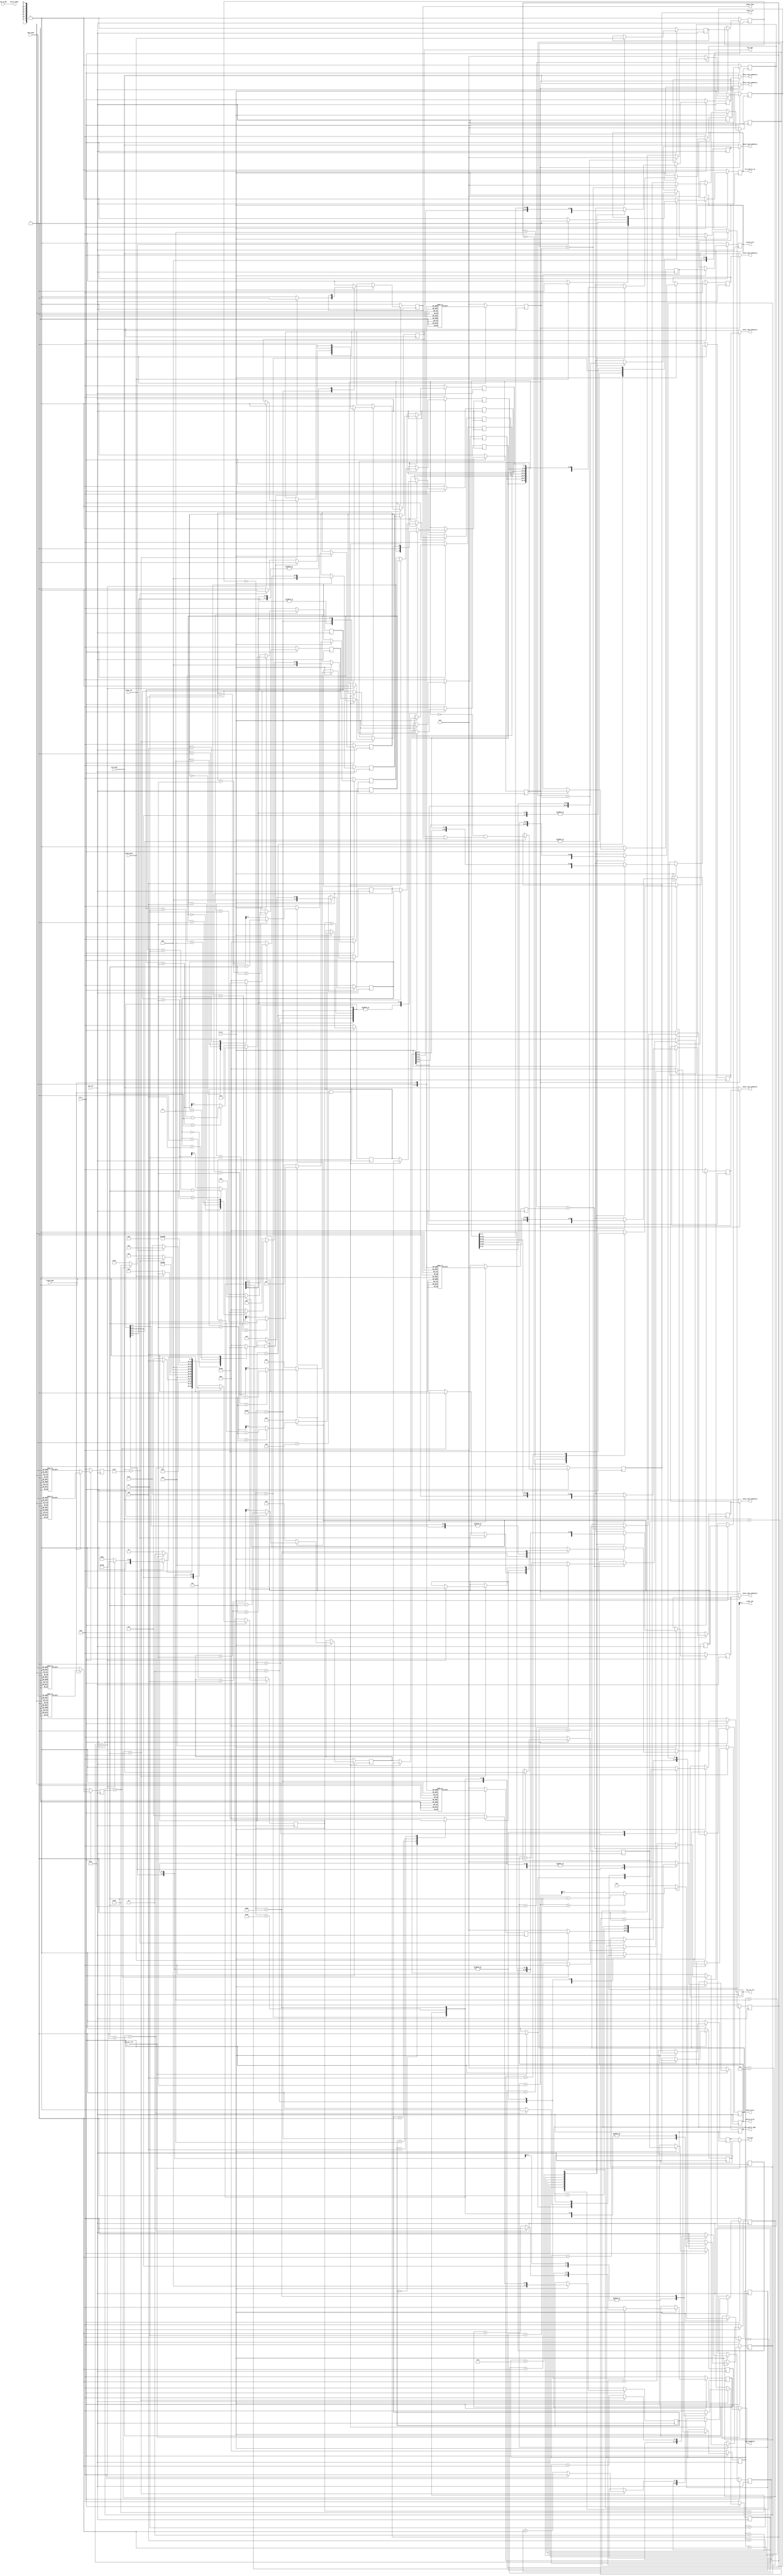

`timescale 1ps / 1ps
module ldpc_ctrl(
input	          							sys_clk,
input											fs_en,
input	          							rst_n,
//////////////////////////////////////////////////////////////
input	          							frame_mode,
input	          			[3:0] 		ldpc_mode,
//////////////////////////////////////////////////////////////
input	          							ram_clr_vld,// before byte_in Q_360 cycles but after ldpc_check output
input	          							frame_head,// before byte_in 3cycles
input	          							frame_vld,// before byte_in 3cycles
//////////////////////////////////////////////////////////////
input	          			[8:0] 		int_Q_360,
input	          			[7:0] 		yu_Q_360,
//////////////////////////////////////////////////////////////
output  reg 								shift_vld,
output  		     			[8:0]			shift_index,// cyclic shift derication is up

output  		     			[2:0] 		order_idx,
output  		 								switch_vld,
output  reg     			[5:0] 		switch_array,//0~44
output  reg     			[2:0] 		order_array,//0~7

output  reg     							reg_clr_vld,

output  						[7:0]  		check_ram0_rdaddress,
output  						[7:0]  		check_ram1_rdaddress,
output  						[7:0]  		check_ram2_rdaddress,
output  						[7:0]  		check_ram3_rdaddress,
output  						[7:0]  		check_ram4_rdaddress,
output  						[7:0]  		check_ram5_rdaddress,
output  						[7:0]  		check_ram6_rdaddress,
output  						[7:0]  		check_ram7_rdaddress,

output  reg									equal_flag,
output  reg									ram_rden,
output  		 				[7:0]  		ram_wraddress,
output  										ram_wren,

output  reg 						 		rd_h_matrix_en,
output  reg 				[12:0]  		rd_h_matrix_addr
//////////////////////////////////////////////////////////////
);

parameter Delay = 0;

reg							[7:0]			K_360_NUM;
reg							[7:0]			Q_360_NUM;
reg							[12:0]		h_matrix_offset_addr;

reg							[7:0]			not91_ram_rd_addr_tmp_0;
reg							[7:0]			not91_ram_rd_addr_tmp_1;
reg							[7:0]			not91_ram_rd_addr_tmp_2;
reg							[7:0]			not91_ram_rd_addr_tmp_3;
reg							[7:0]			not91_ram_rd_addr_tmp_4;
reg							[7:0]			not91_ram_rd_addr_tmp_5;
reg							[7:0]			not91_ram_rd_addr_tmp_6;
reg							[7:0]			not91_ram_rd_addr_tmp_7;

reg							[7:0]			is91_ram_rd_addr_tmp_0;
reg							[7:0]			is91_ram_rd_addr_tmp_1;
reg							[7:0]			is91_ram_rd_addr_tmp_2;
reg							[7:0]			is91_ram_rd_addr_tmp_3;
reg							[7:0]			is91_ram_rd_addr_tmp_4;


reg							[7:0]			ram_rd_addr_tmp_0;
reg							[7:0]			ram_rd_addr_tmp_1;
reg							[7:0]			ram_rd_addr_tmp_2;
reg							[7:0]			ram_rd_addr_tmp_3;
reg							[7:0]			ram_rd_addr_tmp_4;
reg							[7:0]			ram_rd_addr_tmp_5;
reg							[7:0]			ram_rd_addr_tmp_6;
reg							[7:0]			ram_rd_addr_tmp_7;


reg							[7:0]			ram_rd_addr_tmp_0_1pre;
reg							[7:0]			ram_rd_addr_tmp_1_1pre;
reg							[7:0]			ram_rd_addr_tmp_2_1pre;
reg							[7:0]			ram_rd_addr_tmp_3_1pre;
reg							[7:0]			ram_rd_addr_tmp_4_1pre;
reg							[7:0]			ram_rd_addr_tmp_5_1pre;
reg							[7:0]			ram_rd_addr_tmp_6_1pre;
reg							[7:0]			ram_rd_addr_tmp_7_1pre;

reg											ram_rd_addr_gen_en;
reg											ram_rd_out_flag;


always @(posedge sys_clk)begin
	if(~rst_n)begin
		ram_rd_addr_tmp_0_1pre <= #Delay 0;
		ram_rd_addr_tmp_1_1pre <= #Delay 0;
		ram_rd_addr_tmp_2_1pre <= #Delay 0;
		ram_rd_addr_tmp_3_1pre <= #Delay 0;
		ram_rd_addr_tmp_4_1pre <= #Delay 0;
		ram_rd_addr_tmp_5_1pre <= #Delay 0;
		ram_rd_addr_tmp_6_1pre <= #Delay 0;
		ram_rd_addr_tmp_7_1pre <= #Delay 0;
	end
	else if(fs_en == 1'b1)begin
		if((ldpc_mode == 4'b1001)&&(frame_mode == 1'b1))begin
		ram_rd_addr_tmp_0_1pre <= #Delay is91_ram_rd_addr_tmp_0;
		ram_rd_addr_tmp_1_1pre <= #Delay is91_ram_rd_addr_tmp_1;
		ram_rd_addr_tmp_2_1pre <= #Delay is91_ram_rd_addr_tmp_2;
		ram_rd_addr_tmp_3_1pre <= #Delay is91_ram_rd_addr_tmp_3;
		ram_rd_addr_tmp_4_1pre <= #Delay is91_ram_rd_addr_tmp_4;
		ram_rd_addr_tmp_5_1pre <= #Delay is91_ram_rd_addr_tmp_0;
		ram_rd_addr_tmp_6_1pre <= #Delay is91_ram_rd_addr_tmp_1;
		ram_rd_addr_tmp_7_1pre <= #Delay is91_ram_rd_addr_tmp_2;
		end
		else begin
		ram_rd_addr_tmp_0_1pre <= #Delay not91_ram_rd_addr_tmp_0;
		ram_rd_addr_tmp_1_1pre <= #Delay not91_ram_rd_addr_tmp_1;
		ram_rd_addr_tmp_2_1pre <= #Delay not91_ram_rd_addr_tmp_2;
		ram_rd_addr_tmp_3_1pre <= #Delay not91_ram_rd_addr_tmp_3;
		ram_rd_addr_tmp_4_1pre <= #Delay not91_ram_rd_addr_tmp_4;
		ram_rd_addr_tmp_5_1pre <= #Delay not91_ram_rd_addr_tmp_5;
		ram_rd_addr_tmp_6_1pre <= #Delay not91_ram_rd_addr_tmp_6;
		ram_rd_addr_tmp_7_1pre <= #Delay not91_ram_rd_addr_tmp_7;
		end
	end
	else begin
	end
end


reg 							[12:0]		order_period_cnt_for_rdaddr;
reg 							[2:0]			order_array_for_rdaddr;

always @(posedge sys_clk)begin
	if(~rst_n)begin
		ram_rd_addr_tmp_0 <= #Delay 0;
		ram_rd_addr_tmp_1 <= #Delay 0;
		ram_rd_addr_tmp_2 <= #Delay 0;
		ram_rd_addr_tmp_3 <= #Delay 0;
		ram_rd_addr_tmp_4 <= #Delay 0;
		ram_rd_addr_tmp_5 <= #Delay 0;
		ram_rd_addr_tmp_6 <= #Delay 0;
		ram_rd_addr_tmp_7 <= #Delay 0;
	end
	//else if(frame_mode == 1'b0)begin
	//	ram_rd_addr_tmp_0 <= #Delay ram_rd_addr_tmp_0_1pre;
	//	ram_rd_addr_tmp_1 <= #Delay ram_rd_addr_tmp_1_1pre;
	//	ram_rd_addr_tmp_2 <= #Delay ram_rd_addr_tmp_2_1pre;
	//	ram_rd_addr_tmp_3 <= #Delay ram_rd_addr_tmp_3_1pre;
	//	ram_rd_addr_tmp_4 <= #Delay ram_rd_addr_tmp_4_1pre;
	//	ram_rd_addr_tmp_5 <= #Delay ram_rd_addr_tmp_5_1pre;
	//	ram_rd_addr_tmp_6 <= #Delay ram_rd_addr_tmp_6_1pre;
	//	ram_rd_addr_tmp_7 <= #Delay ram_rd_addr_tmp_7_1pre;
	//end
	else if(fs_en == 1'b1)begin   
		case(order_array_for_rdaddr)  
		3'b000:begin
			ram_rd_addr_tmp_0 <= #Delay ram_rd_addr_tmp_0_1pre;
			ram_rd_addr_tmp_1 <= #Delay ram_rd_addr_tmp_1_1pre;
			ram_rd_addr_tmp_2 <= #Delay ram_rd_addr_tmp_2_1pre;
			ram_rd_addr_tmp_3 <= #Delay ram_rd_addr_tmp_3_1pre;
			ram_rd_addr_tmp_4 <= #Delay ram_rd_addr_tmp_4_1pre;
			ram_rd_addr_tmp_5 <= #Delay ram_rd_addr_tmp_5_1pre;
			ram_rd_addr_tmp_6 <= #Delay ram_rd_addr_tmp_6_1pre;
			ram_rd_addr_tmp_7 <= #Delay ram_rd_addr_tmp_7_1pre;
		end
		3'b001:begin
			ram_rd_addr_tmp_0 <= #Delay ram_rd_addr_tmp_7_1pre;
			ram_rd_addr_tmp_1 <= #Delay ram_rd_addr_tmp_0_1pre;
			ram_rd_addr_tmp_2 <= #Delay ram_rd_addr_tmp_1_1pre;
			ram_rd_addr_tmp_3 <= #Delay ram_rd_addr_tmp_2_1pre;
			ram_rd_addr_tmp_4 <= #Delay ram_rd_addr_tmp_3_1pre;
			ram_rd_addr_tmp_5 <= #Delay ram_rd_addr_tmp_4_1pre;
			ram_rd_addr_tmp_6 <= #Delay ram_rd_addr_tmp_5_1pre;
			ram_rd_addr_tmp_7 <= #Delay ram_rd_addr_tmp_6_1pre;
		end
		3'b010:begin
			ram_rd_addr_tmp_0 <= #Delay ram_rd_addr_tmp_6_1pre;
			ram_rd_addr_tmp_1 <= #Delay ram_rd_addr_tmp_7_1pre;
			ram_rd_addr_tmp_2 <= #Delay ram_rd_addr_tmp_0_1pre;
			ram_rd_addr_tmp_3 <= #Delay ram_rd_addr_tmp_1_1pre;
			ram_rd_addr_tmp_4 <= #Delay ram_rd_addr_tmp_2_1pre;
			ram_rd_addr_tmp_5 <= #Delay ram_rd_addr_tmp_3_1pre;
			ram_rd_addr_tmp_6 <= #Delay ram_rd_addr_tmp_4_1pre;
			ram_rd_addr_tmp_7 <= #Delay ram_rd_addr_tmp_5_1pre;
		end
		3'b011:begin
			ram_rd_addr_tmp_0 <= #Delay ram_rd_addr_tmp_5_1pre;
			ram_rd_addr_tmp_1 <= #Delay ram_rd_addr_tmp_6_1pre;
			ram_rd_addr_tmp_2 <= #Delay ram_rd_addr_tmp_7_1pre;
			ram_rd_addr_tmp_3 <= #Delay ram_rd_addr_tmp_0_1pre;
			ram_rd_addr_tmp_4 <= #Delay ram_rd_addr_tmp_1_1pre;
			ram_rd_addr_tmp_5 <= #Delay ram_rd_addr_tmp_2_1pre;
			ram_rd_addr_tmp_6 <= #Delay ram_rd_addr_tmp_3_1pre;
			ram_rd_addr_tmp_7 <= #Delay ram_rd_addr_tmp_4_1pre;
		end
		3'b100:begin
			ram_rd_addr_tmp_0 <= #Delay ram_rd_addr_tmp_4_1pre;
			ram_rd_addr_tmp_1 <= #Delay ram_rd_addr_tmp_5_1pre;
			ram_rd_addr_tmp_2 <= #Delay ram_rd_addr_tmp_6_1pre;
			ram_rd_addr_tmp_3 <= #Delay ram_rd_addr_tmp_7_1pre;
			ram_rd_addr_tmp_4 <= #Delay ram_rd_addr_tmp_0_1pre;
			ram_rd_addr_tmp_5 <= #Delay ram_rd_addr_tmp_1_1pre;
			ram_rd_addr_tmp_6 <= #Delay ram_rd_addr_tmp_2_1pre;
			ram_rd_addr_tmp_7 <= #Delay ram_rd_addr_tmp_3_1pre;
		end
		3'b101:begin
			ram_rd_addr_tmp_0 <= #Delay ram_rd_addr_tmp_3_1pre;
			ram_rd_addr_tmp_1 <= #Delay ram_rd_addr_tmp_4_1pre;
			ram_rd_addr_tmp_2 <= #Delay ram_rd_addr_tmp_5_1pre;
			ram_rd_addr_tmp_3 <= #Delay ram_rd_addr_tmp_6_1pre;
			ram_rd_addr_tmp_4 <= #Delay ram_rd_addr_tmp_7_1pre;
			ram_rd_addr_tmp_5 <= #Delay ram_rd_addr_tmp_0_1pre;
			ram_rd_addr_tmp_6 <= #Delay ram_rd_addr_tmp_1_1pre;
			ram_rd_addr_tmp_7 <= #Delay ram_rd_addr_tmp_2_1pre;
		end
		3'b110:begin
			ram_rd_addr_tmp_0 <= #Delay ram_rd_addr_tmp_2_1pre;
			ram_rd_addr_tmp_1 <= #Delay ram_rd_addr_tmp_3_1pre;
			ram_rd_addr_tmp_2 <= #Delay ram_rd_addr_tmp_4_1pre;
			ram_rd_addr_tmp_3 <= #Delay ram_rd_addr_tmp_5_1pre;
			ram_rd_addr_tmp_4 <= #Delay ram_rd_addr_tmp_6_1pre;
			ram_rd_addr_tmp_5 <= #Delay ram_rd_addr_tmp_7_1pre;
			ram_rd_addr_tmp_6 <= #Delay ram_rd_addr_tmp_0_1pre;
			ram_rd_addr_tmp_7 <= #Delay ram_rd_addr_tmp_1_1pre;
		end
		3'b111:begin
			ram_rd_addr_tmp_0 <= #Delay ram_rd_addr_tmp_1_1pre;
			ram_rd_addr_tmp_1 <= #Delay ram_rd_addr_tmp_2_1pre;
			ram_rd_addr_tmp_2 <= #Delay ram_rd_addr_tmp_3_1pre;
			ram_rd_addr_tmp_3 <= #Delay ram_rd_addr_tmp_4_1pre;
			ram_rd_addr_tmp_4 <= #Delay ram_rd_addr_tmp_5_1pre;
			ram_rd_addr_tmp_5 <= #Delay ram_rd_addr_tmp_6_1pre;
			ram_rd_addr_tmp_6 <= #Delay ram_rd_addr_tmp_7_1pre;
			ram_rd_addr_tmp_7 <= #Delay ram_rd_addr_tmp_0_1pre;
		end
		endcase
		end
	else begin
	end
end 
    
    
always @(posedge sys_clk)begin
	if(~rst_n)begin
		not91_ram_rd_addr_tmp_0 <= #Delay 0;
		not91_ram_rd_addr_tmp_1 <= #Delay 0;
		not91_ram_rd_addr_tmp_2 <= #Delay 0;
		not91_ram_rd_addr_tmp_3 <= #Delay 0;
		not91_ram_rd_addr_tmp_4 <= #Delay 0;
		not91_ram_rd_addr_tmp_5 <= #Delay 0;
		not91_ram_rd_addr_tmp_6 <= #Delay 0;
		not91_ram_rd_addr_tmp_7 <= #Delay 0;
	end
	else if(fs_en == 1'b1)begin
		if(ram_rd_addr_gen_en)begin
			if((not91_ram_rd_addr_tmp_0 + 8)>Q_360_NUM)begin
				not91_ram_rd_addr_tmp_0 <= #Delay (not91_ram_rd_addr_tmp_0 + 7) - Q_360_NUM;
			end
			else begin
				not91_ram_rd_addr_tmp_0 <= #Delay not91_ram_rd_addr_tmp_0 + 8;
			end
			
			if((not91_ram_rd_addr_tmp_1 + 8)>Q_360_NUM)begin
				not91_ram_rd_addr_tmp_1 <= #Delay (not91_ram_rd_addr_tmp_1 + 7) - Q_360_NUM;
			end
			else begin
				not91_ram_rd_addr_tmp_1 <= #Delay not91_ram_rd_addr_tmp_1 + 8;
			end
			if((not91_ram_rd_addr_tmp_2 + 8)>Q_360_NUM)begin
				not91_ram_rd_addr_tmp_2 <= #Delay (not91_ram_rd_addr_tmp_2 + 7) - Q_360_NUM;
			end
			else begin
				not91_ram_rd_addr_tmp_2 <= #Delay not91_ram_rd_addr_tmp_2 + 8;
			end
			
			if((not91_ram_rd_addr_tmp_3 + 8)>Q_360_NUM)begin
				not91_ram_rd_addr_tmp_3 <= #Delay (not91_ram_rd_addr_tmp_3 + 7) - Q_360_NUM;
			end
			else begin
				not91_ram_rd_addr_tmp_3 <= #Delay not91_ram_rd_addr_tmp_3 + 8;
			end
			
			if((not91_ram_rd_addr_tmp_4 + 8)>Q_360_NUM)begin
				not91_ram_rd_addr_tmp_4 <= #Delay (not91_ram_rd_addr_tmp_4 + 7) - Q_360_NUM;
			end
			else begin
				not91_ram_rd_addr_tmp_4 <= #Delay not91_ram_rd_addr_tmp_4 + 8;
			end
			
			if((not91_ram_rd_addr_tmp_5 + 8)>Q_360_NUM)begin
				not91_ram_rd_addr_tmp_5 <= #Delay (not91_ram_rd_addr_tmp_5 + 7) - Q_360_NUM;
			end
			else begin
				not91_ram_rd_addr_tmp_5 <= #Delay not91_ram_rd_addr_tmp_5 + 8;
			end
			if((not91_ram_rd_addr_tmp_6 + 8)>Q_360_NUM)begin
				not91_ram_rd_addr_tmp_6 <= #Delay (not91_ram_rd_addr_tmp_6 + 7) - Q_360_NUM;
			end
			else begin
				not91_ram_rd_addr_tmp_6 <= #Delay not91_ram_rd_addr_tmp_6 + 8;
			end
			
			if((not91_ram_rd_addr_tmp_7 + 8)>Q_360_NUM)begin
				not91_ram_rd_addr_tmp_7 <= #Delay (not91_ram_rd_addr_tmp_7 + 7) - Q_360_NUM;
			end
			else begin
				not91_ram_rd_addr_tmp_7 <= #Delay not91_ram_rd_addr_tmp_7 + 8;
			end
		end
		else begin
			not91_ram_rd_addr_tmp_0 <= #Delay 0;
			not91_ram_rd_addr_tmp_1 <= #Delay 1;
			not91_ram_rd_addr_tmp_2 <= #Delay 2;
			not91_ram_rd_addr_tmp_3 <= #Delay 3;
			not91_ram_rd_addr_tmp_4 <= #Delay 4;
			not91_ram_rd_addr_tmp_5 <= #Delay 5;
			not91_ram_rd_addr_tmp_6 <= #Delay 6;
			not91_ram_rd_addr_tmp_7 <= #Delay 7;
		end
	end
	else begin
	end
end

always @(posedge sys_clk)begin
	if(~rst_n)begin
		is91_ram_rd_addr_tmp_0 <= #Delay 0;
	end
	else if(fs_en == 1'b1)begin
		if(ram_rd_addr_gen_en)begin
			case(is91_ram_rd_addr_tmp_0)
			3'b000:is91_ram_rd_addr_tmp_0 <= #Delay 3;  
			3'b001:is91_ram_rd_addr_tmp_0 <= #Delay 4;
			3'b010:is91_ram_rd_addr_tmp_0 <= #Delay 0;
			3'b011:is91_ram_rd_addr_tmp_0 <= #Delay 1;
			3'b100:is91_ram_rd_addr_tmp_0 <= #Delay 2;
			default:is91_ram_rd_addr_tmp_0 <= #Delay 0;
			endcase
		end
		else begin
			is91_ram_rd_addr_tmp_0 <= #Delay 0;
		end
	end
	else begin
	end
end

always @(posedge sys_clk)begin
	if(~rst_n)begin
		is91_ram_rd_addr_tmp_1 <= #Delay 0;
	end
	else if(fs_en == 1'b1)begin
		if(ram_rd_addr_gen_en)begin
			case(is91_ram_rd_addr_tmp_1)
			3'b000:is91_ram_rd_addr_tmp_1 <= #Delay 3;  
			3'b001:is91_ram_rd_addr_tmp_1 <= #Delay 4;
			3'b010:is91_ram_rd_addr_tmp_1 <= #Delay 0;
			3'b011:is91_ram_rd_addr_tmp_1 <= #Delay 1;
			3'b100:is91_ram_rd_addr_tmp_1 <= #Delay 2;
			default:is91_ram_rd_addr_tmp_1 <= #Delay 0;
			endcase
		end
		else begin
			is91_ram_rd_addr_tmp_1 <= #Delay 1;
		end
	end
	else begin
	end
end

always @(posedge sys_clk)begin
	if(~rst_n)begin
		is91_ram_rd_addr_tmp_2 <= #Delay 0;
	end
	else if(fs_en == 1'b1)begin
		if(ram_rd_addr_gen_en)begin
			case(is91_ram_rd_addr_tmp_2)
			3'b000:is91_ram_rd_addr_tmp_2 <= #Delay 3;  
			3'b001:is91_ram_rd_addr_tmp_2 <= #Delay 4;
			3'b010:is91_ram_rd_addr_tmp_2 <= #Delay 0;
			3'b011:is91_ram_rd_addr_tmp_2 <= #Delay 1;
			3'b100:is91_ram_rd_addr_tmp_2 <= #Delay 2;
			default:is91_ram_rd_addr_tmp_2 <= #Delay 0;
			endcase
		end
		else begin
			is91_ram_rd_addr_tmp_2 <= #Delay 2;
		end
	end
	else begin
	end
end

always @(posedge sys_clk)begin
	if(~rst_n)begin
		is91_ram_rd_addr_tmp_3 <= #Delay 0;
	end
	else if(fs_en == 1'b1)begin
		if(ram_rd_addr_gen_en)begin
			case(is91_ram_rd_addr_tmp_3)
			3'b000:is91_ram_rd_addr_tmp_3 <= #Delay 3;  
			3'b001:is91_ram_rd_addr_tmp_3 <= #Delay 4;
			3'b010:is91_ram_rd_addr_tmp_3 <= #Delay 0;
			3'b011:is91_ram_rd_addr_tmp_3 <= #Delay 1;
			3'b100:is91_ram_rd_addr_tmp_3 <= #Delay 2;
			default:is91_ram_rd_addr_tmp_3 <= #Delay 0;
			endcase
		end
		else begin
			is91_ram_rd_addr_tmp_3 <= #Delay 3;
		end
	end
	else begin
	end
end

always @(posedge sys_clk)begin
	if(~rst_n)begin
		is91_ram_rd_addr_tmp_4 <= #Delay 0;
	end
	else if(fs_en == 1'b1)begin
		if(ram_rd_addr_gen_en)begin
			case(is91_ram_rd_addr_tmp_4)
			3'b000:is91_ram_rd_addr_tmp_4 <= #Delay 3;  
			3'b001:is91_ram_rd_addr_tmp_4 <= #Delay 4;
			3'b010:is91_ram_rd_addr_tmp_4 <= #Delay 0;
			3'b011:is91_ram_rd_addr_tmp_4 <= #Delay 1;
			3'b100:is91_ram_rd_addr_tmp_4 <= #Delay 2;
			default:is91_ram_rd_addr_tmp_4 <= #Delay 0;
			endcase
		end
		else begin
			is91_ram_rd_addr_tmp_4 <= #Delay 4;
		end
	end
	else begin
	end
end


reg							ram_rd_addr_gen_en_1dly;
//reg							ram_rd_addr_gen_en_2dly;

always @(posedge sys_clk)begin
	if(~rst_n)begin
		ram_rd_addr_gen_en_1dly <= #Delay 0;
		//ram_rd_addr_gen_en_2dly <= #Delay 0;
	end
	else if(fs_en == 1'b1)begin
		ram_rd_addr_gen_en_1dly <= #Delay ram_rd_addr_gen_en;
		//ram_rd_addr_gen_en_2dly <= #Delay ram_rd_addr_gen_en_1dly;
	end
	else begin
	end
end


assign check_ram0_rdaddress =  (ram_rd_out_flag == 1'b0)?yu_Q_360:ram_rd_addr_tmp_0;
assign check_ram1_rdaddress =  (ram_rd_out_flag == 1'b0)?yu_Q_360:ram_rd_addr_tmp_1;
assign check_ram2_rdaddress =  (ram_rd_out_flag == 1'b0)?yu_Q_360:ram_rd_addr_tmp_2;
assign check_ram3_rdaddress =  (ram_rd_out_flag == 1'b0)?yu_Q_360:ram_rd_addr_tmp_3;
assign check_ram4_rdaddress =  (ram_rd_out_flag == 1'b0)?yu_Q_360:ram_rd_addr_tmp_4;
assign check_ram5_rdaddress =  (ram_rd_out_flag == 1'b0)?yu_Q_360:ram_rd_addr_tmp_5;
assign check_ram6_rdaddress =  (ram_rd_out_flag == 1'b0)?yu_Q_360:ram_rd_addr_tmp_6;
assign check_ram7_rdaddress =  (ram_rd_out_flag == 1'b0)?yu_Q_360:ram_rd_addr_tmp_7;

parameter					IDLE_STATE    				= 10'b0000000001;
parameter					RAM_CLR_STATE 				= 10'b0000000010;
parameter					LDPC_START_STATE 			= 10'b0000000100;
parameter					LDPC_CODING_ODD_STATE	= 10'b0000001000;
parameter					LDPC_STOP_STATE 			= 10'b0000010000;
parameter					LDPC_FINISH_STATE 		= 10'b0000100000;
parameter					OUT_START_STATE 			= 10'b0001000000;
parameter					OUT_PUTING_STATE 			= 10'b0010000000;
parameter					OUT_FINISH_STATE 			= 10'b0100000000;
parameter					LDPC_CODING_EVEN_STATE	= 10'b1000000000;

reg							[9:0]			ldpc_ctrl_state;


reg 							[7:0]  		check_ram_wraddress;
reg											check_ram_wren;

reg											shift_vld_1dly;

reg 							[7:0]  		yu_Q_360_1dly;
reg 							[7:0]  		yu_Q_360_2dly;
reg 							[7:0]  		K_360_CNT_REG;
reg 							[7:0]  		Q_360_CNT_REG;
reg 							[7:0]  		ram_rd_addr_tmp;


assign ram_wren =  (ram_clr_vld == 1'b1)?check_ram_wren:shift_vld_1dly;
assign ram_wraddress =  (ram_clr_vld == 1'b1)?check_ram_wraddress:yu_Q_360_2dly;
assign shift_index =  int_Q_360;//(shift_vld == 1'b1)?int_Q_360:9'h000;
assign order_idx =  yu_Q_360_1dly[2:0];// modified by wj 2014.06.01 

reg											frame_head_1dly;
reg											frame_head_2dly;
//reg											frame_head_3dly;

reg											ram_rd_out_flag_1dly;
reg											ram_rd_out_flag_2dly;


assign switch_vld =  ram_rd_out_flag_2dly;

reg 							[12:0]		order_period;
reg 							[7:0]		   switch_period;

reg 							[12:0]		order_period_cnt;
reg 							[7:0]		   switch_period_cnt;

always @(posedge sys_clk)begin
	if(~rst_n)begin
		order_period_cnt <= #Delay 13'd0 ;
		order_array <= #Delay 3'b000;
	end
	else if(fs_en == 1'b1)begin
		if(ram_rd_out_flag_2dly)begin
				if(order_period_cnt == order_period)begin
					order_array <= #Delay order_array + 1;
					order_period_cnt <= #Delay 13'd0 ;
				end
				else begin
					order_period_cnt <= #Delay order_period_cnt + 13'd1 ;
				end
		end
		else begin
			order_array <= #Delay 3'b000;
			order_period_cnt <= #Delay 13'd0 ;
		end
	end
	else begin
	end
end


always @(posedge sys_clk)begin
	if(~rst_n)begin
		switch_period_cnt <= #Delay 8'd0 ;
		switch_array <= #Delay 6'b000000;
	end
	else if(fs_en == 1'b1)begin
		if(ram_rd_out_flag_2dly)begin
				if(switch_period_cnt == switch_period)begin
					if(switch_array == 6'd44)begin
						switch_array <= #Delay 6'b000000;
					end
					else begin
						switch_array <= #Delay switch_array + 1;
					end
					switch_period_cnt <= #Delay 8'd0 ;
				end
				else begin
					switch_period_cnt <= #Delay switch_period_cnt + 8'd1 ;
				end
		end
		else begin
			switch_period_cnt <= #Delay 8'd0 ;
			switch_array <= #Delay 6'b000000;
		end
	end
	else begin
	end
end



always @(posedge sys_clk)begin
	if(~rst_n)begin
		order_period <= #Delay 13'd0 ;
	end
	else begin
	case({ldpc_mode,frame_mode})
	  5'b00000:order_period <= #Delay 13'd6075;
		5'b00010:order_period <= #Delay 13'd674 ;//N - 1
		5'b00100:order_period <= #Delay 13'd1214;
		5'b00110:order_period <= #Delay 13'd2024;
		5'b01000:order_period <= #Delay 13'd404 ;
		5'b01010:order_period <= #Delay 13'd674 ;
		5'b01100:order_period <= #Delay 13'd2024;
		5'b01110:order_period <= #Delay 13'd404 ;
		5'b10000:order_period <= #Delay 13'd674 ;
		5'b10010:order_period <= #Delay 13'd224 ;
		5'b10100:order_period <= #Delay 13'd404 ;
		5'b00001:order_period <= #Delay 13'd404 ;
		5'b00011:order_period <= #Delay 13'd674 ;
		5'b00101:order_period <= #Delay 13'd1214;
		5'b00111:order_period <= #Delay 13'd1124;
		5'b01001:order_period <= #Delay 13'd404 ;
		5'b01011:order_period <= #Delay 13'd674 ;
		5'b01101:order_period <= #Delay 13'd134 ;
		5'b01111:order_period <= #Delay 13'd224 ;
		5'b10001:order_period <= #Delay 13'd44  ;
		5'b10011:order_period <= #Delay 13'd224 ;
		default:order_period <= #Delay 13'd0 ;
	endcase
	end
end



always @(posedge sys_clk)begin
	if(~rst_n)begin
		switch_period <= #Delay 8'd0 ;
	end
	else begin
	case({ldpc_mode,frame_mode})
		   5'b00000:switch_period <= #Delay 8'd134;//N - 1
			5'b00010:switch_period <= #Delay 8'd14 ;
			5'b00100:switch_period <= #Delay 8'd26 ;
			5'b00110:switch_period <= #Delay 8'd44 ;
			5'b01000:switch_period <= #Delay 8'd8  ;
			5'b01010:switch_period <= #Delay 8'd14 ;
			5'b01100:switch_period <= #Delay 8'd44 ;
			5'b01110:switch_period <= #Delay 8'd8  ;
			5'b10000:switch_period <= #Delay 8'd14 ;
			5'b10010:switch_period <= #Delay 8'd4  ;
			5'b10100:switch_period <= #Delay 8'd8  ;
			5'b00001:switch_period <= #Delay 8'd8 ;
			5'b00011:switch_period <= #Delay 8'd14;
			5'b00101:switch_period <= #Delay 8'd26;
			5'b00111:switch_period <= #Delay 8'd24;
			5'b01001:switch_period <= #Delay 8'd8 ;
			5'b01011:switch_period <= #Delay 8'd14;
			5'b01101:switch_period <= #Delay 8'd2 ;
			5'b01111:switch_period <= #Delay 8'd4 ;
			5'b10001:switch_period <= #Delay 8'd0 ;
			5'b10011:switch_period <= #Delay 8'd4 ;
			default:switch_period <= #Delay 8'd0 ;
	endcase
	end
end



always @(posedge sys_clk)begin
	if(~rst_n)begin
		shift_vld <= #Delay 1'b0;
		shift_vld_1dly <= #Delay 1'b0;
		yu_Q_360_1dly <= #Delay 8'h0;
		yu_Q_360_2dly <= #Delay 8'h0;
		frame_head_1dly <= #Delay 1'b0;
		frame_head_2dly <= #Delay 1'b0;
		//frame_head_3dly <= #Delay 1'b0;
		ram_rd_out_flag_1dly <= #Delay 1'b0;
		ram_rd_out_flag_2dly <= #Delay 1'b0;
	end
	else if(fs_en == 1'b1)begin	
		shift_vld <= #Delay ((ram_rd_out_flag == 1'b0)&&(ram_rden||equal_flag));
		shift_vld_1dly <= #Delay shift_vld;
		yu_Q_360_1dly <= #Delay yu_Q_360;
		yu_Q_360_2dly <= #Delay yu_Q_360_1dly;
		frame_head_1dly <= #Delay frame_head;
		frame_head_2dly <= #Delay frame_head_1dly;
		//frame_head_3dly <= #Delay frame_head_2dly;
		ram_rd_out_flag_1dly <= #Delay ram_rd_out_flag;
		ram_rd_out_flag_2dly <= #Delay ram_rd_out_flag_1dly;
	end
	else begin
	end
end

always @(posedge sys_clk)begin
	if(~rst_n)begin
		ldpc_ctrl_state 		<= #Delay IDLE_STATE;
		reg_clr_vld 			<= #Delay 1'b0;
		check_ram_wraddress 	<= #Delay 8'h00;
		check_ram_wren      	<= #Delay 1'b0;
		ram_rden            	<= #Delay 1'b0;
		equal_flag           <= #Delay 1'b0;
		rd_h_matrix_en 		<= #Delay 1'b0;
		rd_h_matrix_addr 		<= #Delay 13'h0000;
		K_360_CNT_REG 			<= #Delay 8'h00;
		Q_360_CNT_REG 			<= #Delay 8'h00;
		ram_rd_addr_tmp      <= #Delay 8'h00;
		ram_rd_out_flag 		<= #Delay 1'b0;
		ram_rd_addr_gen_en	<= #Delay 1'b0;
	end
	else if(fs_en == 1'b1)begin
		case(ldpc_ctrl_state)
		IDLE_STATE:begin
				if(ram_clr_vld)begin
					ldpc_ctrl_state <= #Delay RAM_CLR_STATE;
					reg_clr_vld <= #Delay 1'b1;
					check_ram_wraddress <= #Delay 8'h00;
					check_ram_wren      <= #Delay 1'b1;
				end
				else begin
					ldpc_ctrl_state <= #Delay IDLE_STATE;
					reg_clr_vld <= #Delay 1'b0;
					check_ram_wraddress <= #Delay 8'h00;
					check_ram_wren      <= #Delay 1'b0;
				end
		end
		RAM_CLR_STATE:begin
				if(check_ram_wraddress == (Q_360_NUM + 1))begin
					check_ram_wraddress <= #Delay 8'h00;
					check_ram_wren      <= #Delay 1'b0;
					ldpc_ctrl_state <= #Delay LDPC_START_STATE;
				end
				else begin
					check_ram_wraddress <= #Delay check_ram_wraddress + 8'h01;
					check_ram_wren      <= #Delay 1'b1;
					ldpc_ctrl_state <= #Delay RAM_CLR_STATE;
				end
				reg_clr_vld 		  <= #Delay 1'b0;
		end
		LDPC_START_STATE:begin
				if(frame_head)begin
					rd_h_matrix_en <= #Delay 1'b1;
					rd_h_matrix_addr <= #Delay h_matrix_offset_addr;
					ldpc_ctrl_state <= #Delay LDPC_CODING_ODD_STATE;
				end
				else begin
					rd_h_matrix_en <= #Delay 1'b0;
					rd_h_matrix_addr <= #Delay 0;
					ldpc_ctrl_state <= #Delay LDPC_START_STATE;
				end
		end
		LDPC_CODING_ODD_STATE:begin
				rd_h_matrix_en <= #Delay 1'b1;
				rd_h_matrix_addr <= #Delay rd_h_matrix_addr + 1'b1;
				ldpc_ctrl_state <= #Delay LDPC_CODING_EVEN_STATE;
				ram_rden		 <= #Delay 1'b0;
				equal_flag   <= #Delay 1'b0;
		end
		LDPC_CODING_EVEN_STATE:begin
				rd_h_matrix_en <= #Delay 1'b1;
				if(yu_Q_360 == 8'hff)begin
					if(K_360_CNT_REG == K_360_NUM)begin
						K_360_CNT_REG <= #Delay 0;
						ldpc_ctrl_state <= #Delay LDPC_FINISH_STATE;
						//ram_rd_addr_tmp <= #Delay ram_rd_addr_tmp + 1'b1;
						ram_rd_addr_gen_en		 <= #Delay 1'b1;
					end
					else begin
						K_360_CNT_REG <= #Delay K_360_CNT_REG + 1'b1;
						ldpc_ctrl_state <= #Delay LDPC_STOP_STATE;
					end
				end
				else begin
					ldpc_ctrl_state <= #Delay LDPC_CODING_ODD_STATE;
				end
				
				if((frame_head_2dly == 1'b0)&&(yu_Q_360 == yu_Q_360_1dly))begin
					ram_rden		 <= #Delay 1'b0;
					equal_flag   <= #Delay 1'b1;
				end
				else if(yu_Q_360 == 8'hff)begin
					ram_rden		 <= #Delay 1'b0;
					equal_flag   <= #Delay 1'b0;
				end
				else begin
					ram_rden		 <= #Delay 1'b1;
					equal_flag   <= #Delay 1'b0;
				end
		end
		LDPC_STOP_STATE:begin
				ram_rden		 <= #Delay 1'b0;
				equal_flag   <= #Delay 1'b0;
				if(frame_vld)begin
					rd_h_matrix_en <= #Delay 1'b1;
					//rd_h_matrix_addr <= #Delay rd_h_matrix_addr + 1;
					ldpc_ctrl_state <= #Delay LDPC_CODING_ODD_STATE;
				end
				else begin
					rd_h_matrix_en <= #Delay 1'b0;
					//rd_h_matrix_addr <= #Delay 0;
					ldpc_ctrl_state <= #Delay LDPC_STOP_STATE;
				end
		end
		LDPC_FINISH_STATE:begin
				ram_rden		 <= #Delay 1'b0;
				equal_flag   <= #Delay 1'b0;
				rd_h_matrix_en <= #Delay 1'b0;
				//rd_h_matrix_addr <= #Delay 0;
				//ram_rd_addr_tmp <= #Delay ram_rd_addr_tmp + 1'b1;
				ldpc_ctrl_state <= #Delay OUT_START_STATE;
		end
		OUT_START_STATE:begin
				ram_rden		 <= #Delay 1'b1;
				ram_rd_out_flag <= #Delay 1'b1;
				ldpc_ctrl_state <= #Delay OUT_PUTING_STATE;
				//ram_rd_addr_tmp <= #Delay ram_rd_addr_tmp + 1'b1;
		end
		OUT_PUTING_STATE:begin
				if(ram_rd_addr_tmp == Q_360_NUM)begin
					ram_rd_addr_tmp <= #Delay 8'h00;
					if(Q_360_CNT_REG == 44)begin
						Q_360_CNT_REG <= #Delay 0;
						ldpc_ctrl_state <= #Delay OUT_FINISH_STATE;
						ram_rden		 <= #Delay 1'b0;
						ram_rd_out_flag <= #Delay 1'b0;
						ram_rd_addr_gen_en	<= #Delay 1'b0;
					end
					else begin
						Q_360_CNT_REG <= #Delay Q_360_CNT_REG + 1'b1;
						ldpc_ctrl_state <= #Delay OUT_PUTING_STATE;
					end
				end
				else begin
					ram_rd_addr_tmp <= #Delay ram_rd_addr_tmp + 1'b1;
				end
		end
		OUT_FINISH_STATE:begin
				ldpc_ctrl_state 		<= #Delay IDLE_STATE;
				reg_clr_vld 			<= #Delay 1'b0;
				check_ram_wraddress 	<= #Delay 8'h00;
				check_ram_wren      	<= #Delay 1'b0;
				ram_rden            	<= #Delay 1'b0;
				equal_flag           <= #Delay 1'b0;
				rd_h_matrix_en 		<= #Delay 1'b0;
				rd_h_matrix_addr 		<= #Delay 13'h0000;
				K_360_CNT_REG 			<= #Delay 8'h00;
				Q_360_CNT_REG 			<= #Delay 8'h00;
				ram_rd_addr_tmp      <= #Delay 8'h00;
				ram_rd_out_flag 		<= #Delay 1'b0;
				ram_rd_addr_gen_en	<= #Delay 1'b0;
		end
		default:begin
			ldpc_ctrl_state 		<= #Delay IDLE_STATE;
			reg_clr_vld 			<= #Delay 1'b0;
			check_ram_wraddress 	<= #Delay 8'h00;
			check_ram_wren      	<= #Delay 1'b0;
			ram_rden            	<= #Delay 1'b0;
			equal_flag           <= #Delay 1'b0;
			rd_h_matrix_en 		<= #Delay 1'b0;
			rd_h_matrix_addr 		<= #Delay 13'h0000;
			K_360_CNT_REG 			<= #Delay 8'h00;
			Q_360_CNT_REG 			<= #Delay 8'h00;
			ram_rd_addr_tmp      <= #Delay 8'h00;
			ram_rd_out_flag 		<= #Delay 1'b0;
			ram_rd_addr_gen_en	<= #Delay 1'b0;
		end
		endcase
	end
	else begin
	end
end



always @(posedge sys_clk)begin
	if(~rst_n)begin
		K_360_NUM <= #Delay 8'b00000000;
	end
	else if(frame_mode == 0)begin
		case (ldpc_mode)
			4'h0:
				K_360_NUM <= #Delay 8'd44;// NUM - 1
			4'h1:
				K_360_NUM <= #Delay 8'd59;
			4'h2:
				K_360_NUM <= #Delay 8'd71;
			4'h3:
				K_360_NUM <= #Delay 8'd89;
			4'h4:
				K_360_NUM <= #Delay 8'd107;
			4'h5:
				K_360_NUM <= #Delay 8'd119;
			4'h6:
				K_360_NUM <= #Delay 8'd134;
			4'h7:
				K_360_NUM <= #Delay 8'd143;
			4'h8:
				K_360_NUM <= #Delay 8'd149;
			4'h9:
				K_360_NUM <= #Delay 8'd159;
			4'ha:
				K_360_NUM <= #Delay 8'd161;
			default:
				K_360_NUM <= #Delay 8'd0;
		endcase
	end
	else begin
		case (ldpc_mode)
			4'h0:
				K_360_NUM <= #Delay 8'd8;
			4'h1:
				K_360_NUM <= #Delay 8'd14;
			4'h2:
				K_360_NUM <= #Delay 8'd17;
			4'h3:
				K_360_NUM <= #Delay 8'd19;
			4'h4:
				K_360_NUM <= #Delay 8'd26;
			4'h5:
				K_360_NUM <= #Delay 8'd29;
			4'h6:
				K_360_NUM <= #Delay 8'd32;
			4'h7:
				K_360_NUM <= #Delay 8'd34;
			4'h8:
				K_360_NUM <= #Delay 8'd36;
			4'h9:
				K_360_NUM <= #Delay 8'd39;
			default:
				K_360_NUM <= #Delay 8'd0;
		endcase
	end
end


always @(posedge sys_clk)begin
	if(~rst_n)begin
		Q_360_NUM <= #Delay 8'b00000000;
	end
	else if(frame_mode == 0)begin
		case (ldpc_mode)
			4'h0:
				Q_360_NUM <= #Delay 8'd134;// NUM - 1
			4'h1:
				Q_360_NUM <= #Delay 8'd119;
			4'h2:
				Q_360_NUM <= #Delay 8'd107;
			4'h3:
				Q_360_NUM <= #Delay 8'd89;
			4'h4:
				Q_360_NUM <= #Delay 8'd71;
			4'h5:
				Q_360_NUM <= #Delay 8'd59;
			4'h6:
				Q_360_NUM <= #Delay 8'd44;
			4'h7:
				Q_360_NUM <= #Delay 8'd35;
			4'h8:
				Q_360_NUM <= #Delay 8'd29;
			4'h9:
				Q_360_NUM <= #Delay 8'd19;
			4'ha:
				Q_360_NUM <= #Delay 8'd17;
			default:
				Q_360_NUM <= #Delay 8'd0;
		endcase
	end
	else begin
		case (ldpc_mode)
			4'h0:
				Q_360_NUM <= #Delay 8'd35;
			4'h1:
				Q_360_NUM <= #Delay 8'd29;
			4'h2:
				Q_360_NUM <= #Delay 8'd26;
			4'h3:
				Q_360_NUM <= #Delay 8'd24;
			4'h4:
				Q_360_NUM <= #Delay 8'd17;
			4'h5:
				Q_360_NUM <= #Delay 8'd14;
			4'h6:
				Q_360_NUM <= #Delay 8'd11;
			4'h7:
				Q_360_NUM <= #Delay 8'd9;
			4'h8:
				Q_360_NUM <= #Delay 8'd7;
			4'h9:
				Q_360_NUM <= #Delay 8'd4;
			default:
				Q_360_NUM <= #Delay 8'd0;
		endcase
	end
end


always @(posedge sys_clk)begin
	if(~rst_n)begin
		h_matrix_offset_addr <= #Delay 13'h0000;
	end
	else begin
		case ({ldpc_mode,frame_mode})
			5'h00: h_matrix_offset_addr <= #Delay 13'h0000;
			5'h01: h_matrix_offset_addr <= #Delay 13'h013b;
			5'h02: h_matrix_offset_addr <= #Delay 13'h0183;
			5'h03: h_matrix_offset_addr <= #Delay 13'h0327;
			5'h04: h_matrix_offset_addr <= #Delay 13'h0390;
			5'h05: h_matrix_offset_addr <= #Delay 13'h0588;
			5'h06: h_matrix_offset_addr <= #Delay 13'h0606;
			5'h07: h_matrix_offset_addr <= #Delay 13'h0822;
			5'h08: h_matrix_offset_addr <= #Delay 13'h088b;
			5'h09: h_matrix_offset_addr <= #Delay 13'h0b7f;
			5'h0a: h_matrix_offset_addr <= #Delay 13'h0c3c;
			5'h0b: h_matrix_offset_addr <= #Delay 13'h0e94;
			5'h0c: h_matrix_offset_addr <= #Delay 13'h0f2a;
			5'h0d: h_matrix_offset_addr <= #Delay 13'h11cd;
			5'h0e: h_matrix_offset_addr <= #Delay 13'h125a;
			5'h0f: h_matrix_offset_addr <= #Delay 13'h152a;
			5'h10: h_matrix_offset_addr <= #Delay 13'h15b6;
			5'h11: h_matrix_offset_addr <= #Delay 13'h18a4;
			5'h12: h_matrix_offset_addr <= #Delay 13'h1942;
			5'h13: h_matrix_offset_addr <= #Delay 13'h1bd6;
			5'h14: h_matrix_offset_addr <= #Delay 13'h1c7b;
			default:h_matrix_offset_addr <= #Delay 13'h0000;
		endcase
	end
end	


always @(posedge sys_clk)begin
	if(~rst_n)begin
		order_period_cnt_for_rdaddr <= #Delay 13'd0 ;
		order_array_for_rdaddr <= #Delay 3'b000;
	end
	else if(fs_en == 1'b1)begin
		if(ram_rd_addr_gen_en_1dly)begin
				if(order_period_cnt_for_rdaddr == order_period)begin
					order_array_for_rdaddr <= #Delay order_array_for_rdaddr + 1;
					order_period_cnt_for_rdaddr <= #Delay 13'd0 ;
				end
				else begin
					order_period_cnt_for_rdaddr <= #Delay order_period_cnt_for_rdaddr + 13'd1 ;
				end
		end
		else begin
			order_array_for_rdaddr <= #Delay 3'b000;
			order_period_cnt_for_rdaddr <= #Delay 13'd0 ;
		end
	end
	else begin
	end
end


endmodule